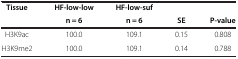
| Tissue | HF-low-low | HF-low-suf |  |  |
 |  | n = 6 | n = 6 | SE | P-value |
 | --- | --- | --- | --- | --- |
 | H3K9ac | 100.0 | 109.1 | 0.15 | 0.808 |
 | H3K9me2 | 100.0 | 109.1 | 0.14 | 0.788 |